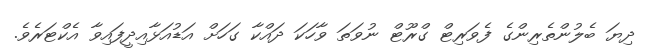
ދިޔަ ބެލުންތެރިންގެ ފެވަރިޓް ގްރޫޓް ނުވަތަ ވާހަކަ ދައްކާ ގަހަށް އަޑުއަޅާއިދީފައިވާ އެކްޓަރެވެ.